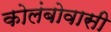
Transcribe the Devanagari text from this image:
कोलंबोवासी